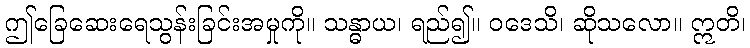
ဤခြေဆေးရေသွန်းခြင်းအမှုကို။ သန္ဓာယ၊ ရည်၍။ ဝဒေသိ၊ ဆိုသလော။ ဣတိ၊